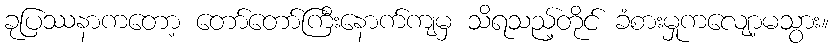
ခုပြဿနာကတော့ တော်တော်ကြီးနောက်ကျမှ သိရသည့်တိုင် ခံစားမှုကလျော့မသွား။